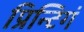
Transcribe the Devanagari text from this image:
प्रिन्टिगं